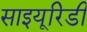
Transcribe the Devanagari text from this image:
साइयूरिडी